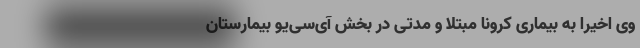
وی اخیراً به بیماری کرونا مبتلا و مدتی در بخش آی‌سی‌یو بیمارستان